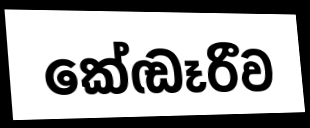
කේඬෑරීව